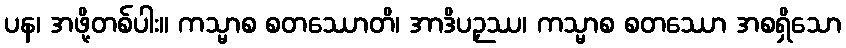
ပန၊ အဖို့တစ်ပါး။ ကသ္မာစ စတဿောတိ၊ အာဒိပဉှဿ၊ ကသ္မာစ စတဿော အစရှိသော